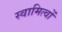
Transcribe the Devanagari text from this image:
स्वामित्वों